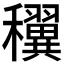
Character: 𥤌